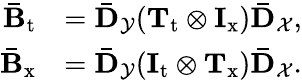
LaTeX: \begin{array}{rl}{\mathbf{\bar{B}}_{\mathrm{t}}}&{=\mathbf{\bar{D}}_{\mathcal{Y}}(\mathbf{T}_{\mathrm{t}}\otimes\mathbf{I}_{\mathrm{x}})\mathbf{\bar{D}}_{\mathcal{X}},}\\ {\mathbf{\bar{B}}_{\mathrm{x}}}&{=\mathbf{\bar{D}}_{\mathcal{Y}}(\mathbf{I}_{\mathrm{t}}\otimes\mathbf{T}_{\mathrm{x}})\mathbf{\bar{D}}_{\mathcal{X}}.}\end{array}